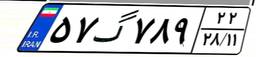
۵۷گ۷۸۹۲۲